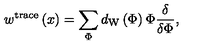
w ^ { \mathrm { t r a c e } } \left( x \right) = \sum _ { \Phi } d _ { \mathrm { W } } \left( \Phi \right) \Phi \frac \delta { \delta \Phi } ,